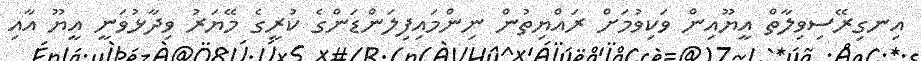
އިނގިރޭސިވިލާތް އީޔޫއިން ވަކިވުމަށް ރައްޔިތުން ނިންމައިފިލަންޑަންގެ ކުރީގެ މޭޔަރު ވިދާޅުވަނީ އީޔޫ އާއި